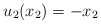
\begin{align*}u_2(x_2) = - x_2\end{align*}